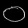
Digit: ၀